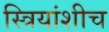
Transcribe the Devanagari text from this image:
स्त्रियांशीच